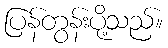
ပြန်တွန်းပို့သည်။